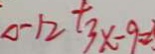
\Delta - 1 2 + 3 x - 9 =